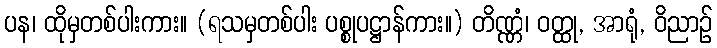
ပန၊ ထိုမှတစ်ပါးကား။ (ရသမှတစ်ပါး ပစ္စုပဋ္ဌာန်ကား။) တိဏ္ဏံ၊ ဝတ္ထု, အာရုံ, ဝိညာဉ်